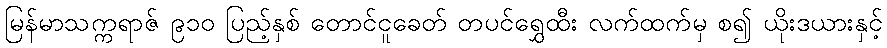
မြန်မာသက္ကရာဇ် ၉၁၀ ပြည့်နှစ် တောင်ငူခေတ် တပင်ရွှေထီး လက်ထက်မှ စ၍ ယိုးဒယားနှင့်